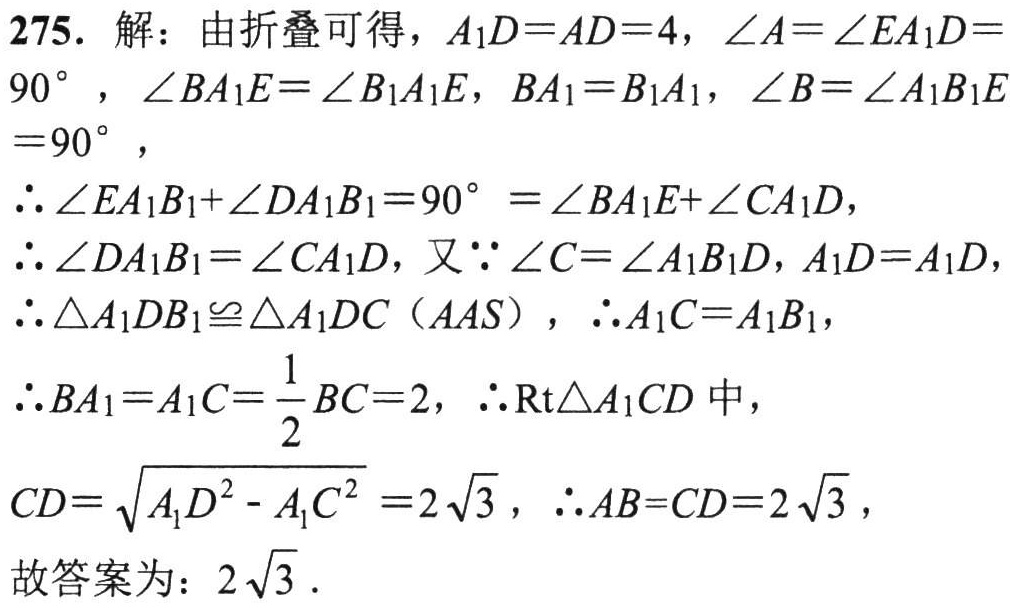
275. 解：由折叠可得，\(A_1D = AD = 4\)，\(\angle A=\angle EA_1D = 90^{\circ}\)，\(\angle BA_1E=\angle B_1A_1E\)，\(BA_1 = B_1A_1\)，\(\angle B=\angle A_1B_1E = 90^{\circ}\)，
\(\therefore\angle EA_1B_1+\angle DA_1B_1 = 90^{\circ}=\angle BA_1E+\angle CA_1D\)，
\(\therefore\angle DA_1B_1=\angle CA_1D\)，又\(\because\angle C=\angle A_1B_1D\)，\(A_1D = A_1D\)，
\(\therefore\triangle A_1DB_1\cong\triangle A_1DC\)（\(AAS\)），\(\therefore A_1C = A_1B_1\)，
\(\therefore BA_1 = A_1C=\frac{1}{2}BC = 2\)，\(\therefore\mathrm{Rt}\triangle A_1CD\)中，
\(CD = \sqrt{A_1D^{2}-A_1C^{2}}=2\sqrt{3}\)，\(\therefore AB = CD = 2\sqrt{3}\)，
故答案为：\(2\sqrt{3}\).